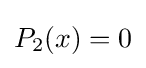
P_{2}(x)=0